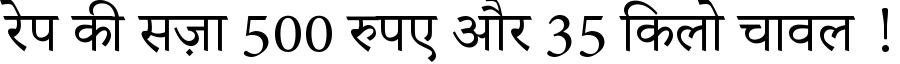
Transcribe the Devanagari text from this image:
रेप की सज़ा 500 रुपए और 35 किलो चावल !